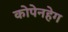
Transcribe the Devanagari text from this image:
कोपेनहेग